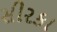
સીરકા